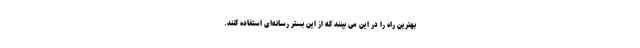
بهترین راه را در این می بینند که از این بستر رسانه‌ای استفاده کنند.